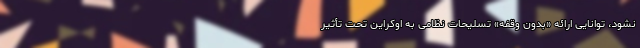
نشود، توانایی ارائه «بدون وقفه» تسلیحات نظامی به اوکراین تحت تأثیر